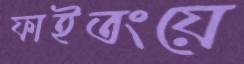
ফাইতংয়ে